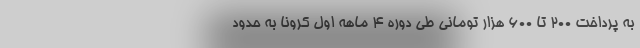
به پرداخت ۲۰۰ تا ۶۰۰ هزار تومانی طی دوره ۴ ماهه اول کرونا به حدود